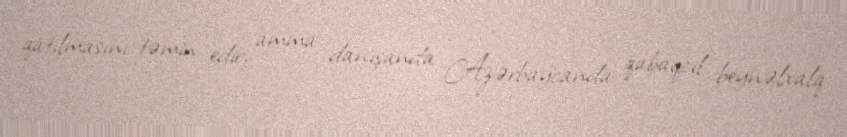
qatılmasını təmin edir, amma danışanda Azərbaycanda qabaqcıl beynəlxalq